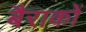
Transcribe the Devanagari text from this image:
बैराकों